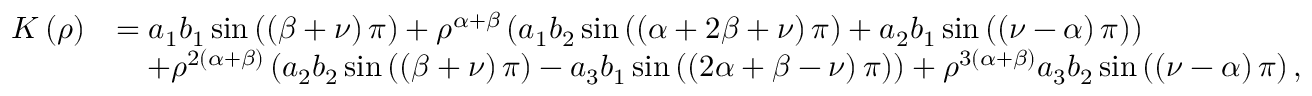
\begin{array} { r l } { K \left( \rho \right) } & { = a _ { 1 } b _ { 1 } \sin \left( \left( \beta + \nu \right) \pi \right) + \rho ^ { \alpha + \beta } \left( a _ { 1 } b _ { 2 } \sin \left( \left( \alpha + 2 \beta + \nu \right) \pi \right) + a _ { 2 } b _ { 1 } \sin \left( \left( \nu - \alpha \right) \pi \right) \right) } \\ & { \quad + \rho ^ { 2 \left( \alpha + \beta \right) } \left( a _ { 2 } b _ { 2 } \sin \left( \left( \beta + \nu \right) \pi \right) - a _ { 3 } b _ { 1 } \sin \left( \left( 2 \alpha + \beta - \nu \right) \pi \right) \right) + \rho ^ { 3 \left( \alpha + \beta \right) } a _ { 3 } b _ { 2 } \sin \left( \left( \nu - \alpha \right) \pi \right) , } \end{array}